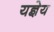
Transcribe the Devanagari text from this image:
यज्ञेय